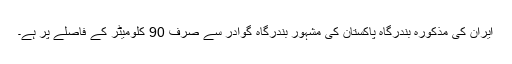
ایران کی مذکورہ بندرگاہ پاکستان کی مشہور بندرگاہ گوادر سے صرف 90 کلومیٹر کے فاصلے پر ہے۔